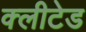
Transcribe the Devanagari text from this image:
क्लीटेड